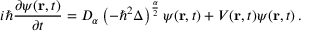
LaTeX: i \hbar { \frac { \partial \psi ( \mathbf { r } , t ) } { \partial t } } = D _ { \alpha } \left( - \hbar ^ { 2 } \Delta \right) ^ { \frac { \alpha } { 2 } } \psi ( \mathbf { r } , t ) + V ( \mathbf { r } , t ) \psi ( \mathbf { r } , t ) \, .